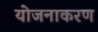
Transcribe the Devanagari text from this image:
योजनाकरण